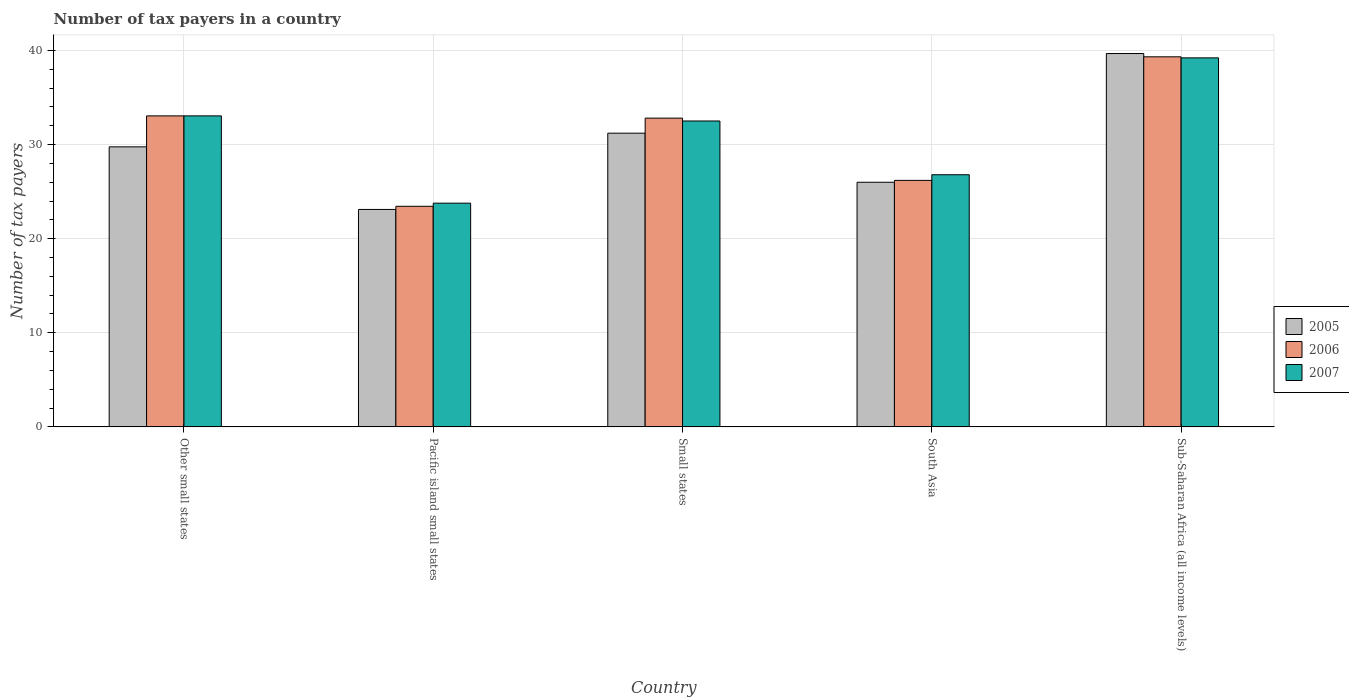
| Country | 2005 | 2006 | 2007 |
 | --- | --- | --- | --- |
 | Other small states | 29.8 | 33.1 | 33.1 |
 | Pacific island small states | 23.1 | 23.4 | 23.8 |
 | Small states | 31.2 | 32.8 | 32.5 |
 | South Asia | 26 | 26.2 | 26.8 |
 | Sub-Saharan Africa (all income levels) | 39.7 | 39.3 | 39.2 |